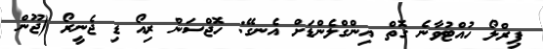
ޕިރްލޯ ހުއްޓުވާނެ ގޮތް އިންގްލެންޑަށް އެނގޭ: ހޮޖްސަން ރިއޯ ޑި ޖެނީރޯ (ޖޫން